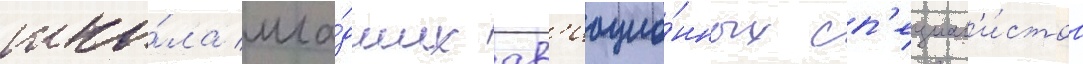
шко́ла мла́дших ав'иацио́нных сп'ециал'и́стов